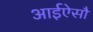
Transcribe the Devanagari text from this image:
आईऐसौ